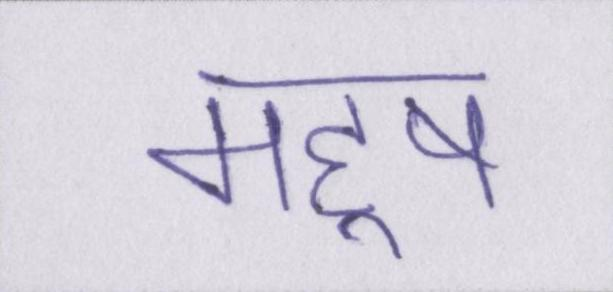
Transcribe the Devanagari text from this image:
महॢष